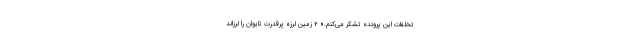
تخلفات این پرونده تشکر می‌کنم.» 2 زمین لرزه پرقدرت تایوان را لرزاند